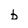
Character: b